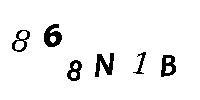
868N1B